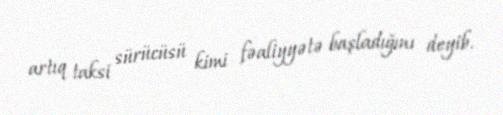
artıq taksi sürücüsü kimi fəaliyyətə başladığını deyib.